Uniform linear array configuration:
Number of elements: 8
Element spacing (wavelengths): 0.25
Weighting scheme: binomial
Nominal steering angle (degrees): -30
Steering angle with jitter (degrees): -29.245
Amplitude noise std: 0.05
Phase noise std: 0.05

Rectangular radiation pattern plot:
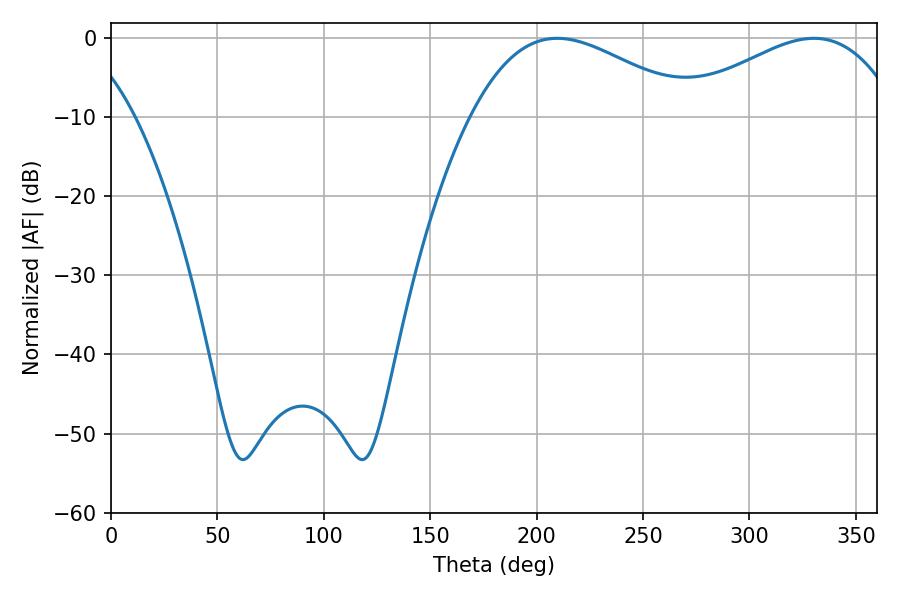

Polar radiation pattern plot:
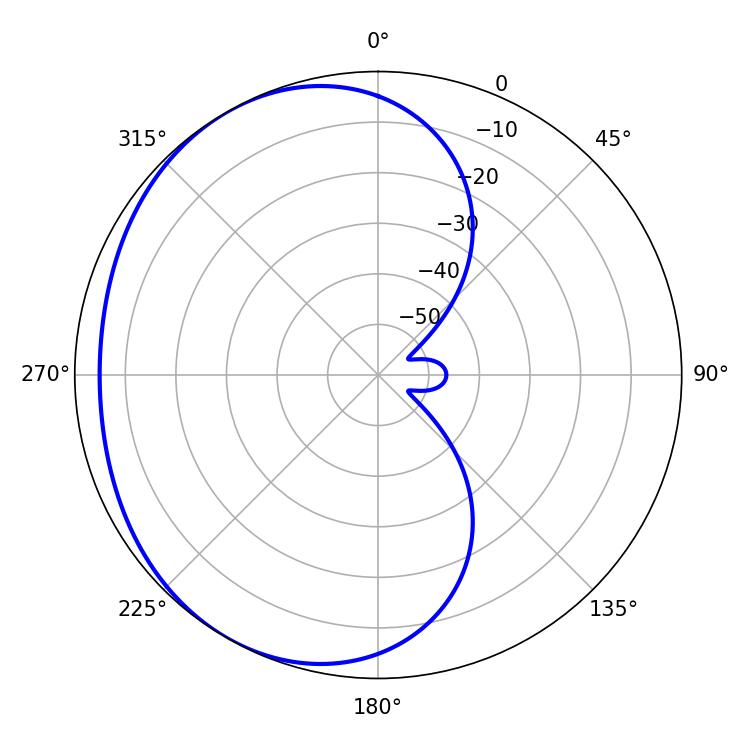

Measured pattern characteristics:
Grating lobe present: FALSE
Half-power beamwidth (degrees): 57.06
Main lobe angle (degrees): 209.7